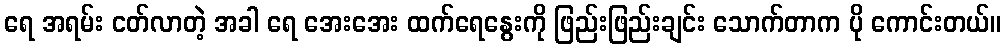
ရေ အရမ်း ငတ်လာတဲ့ အခါ ရေ အေးအေး ထက်ရေနွေးကို ဖြည်းဖြည်းချင်း သောက်တာက ပို ကောင်းတယ်။